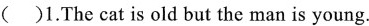
( )1.The cat is old but the man is young.